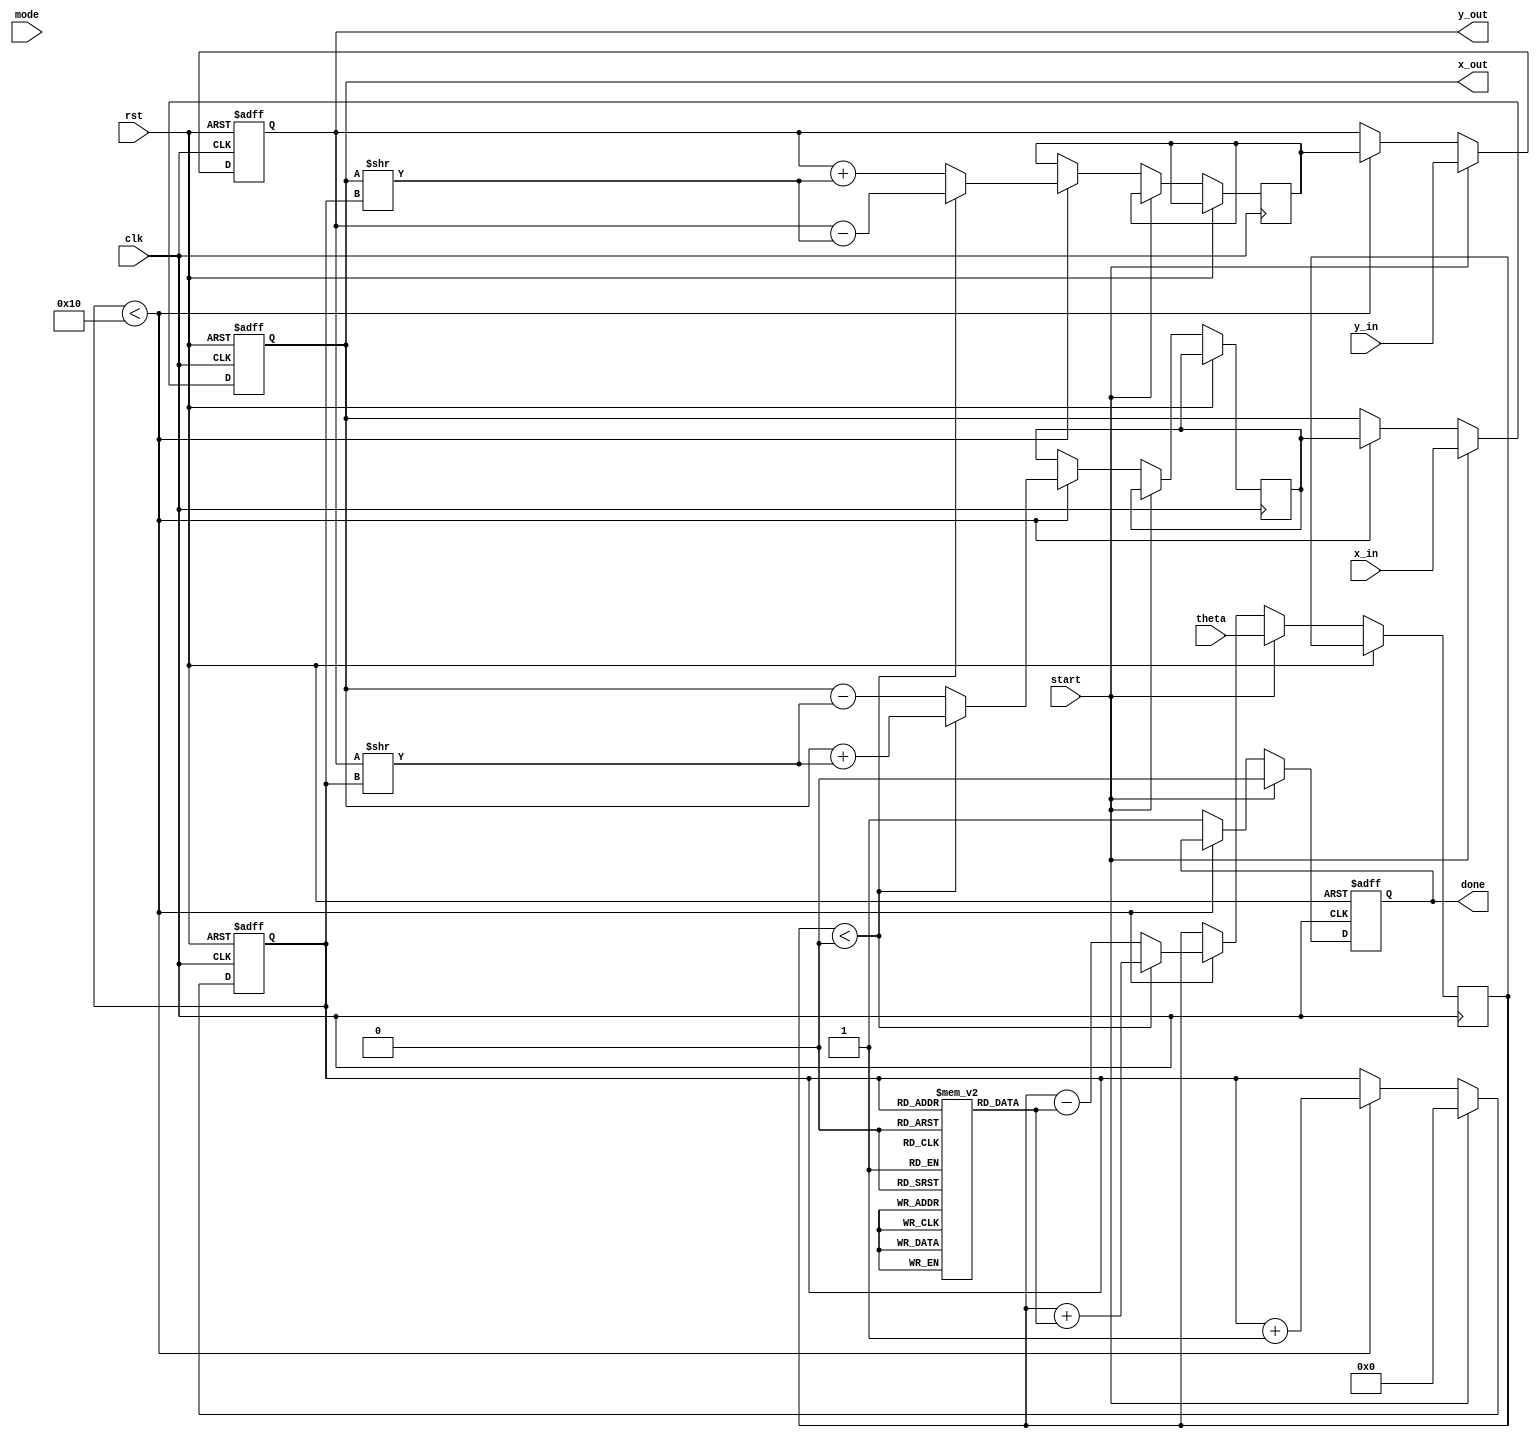
module unified_cordic (
    input wire clk,
    input wire rst,
    input wire start,
    input wire [15:0] x_in,    // Input X vector
    input wire [15:0] y_in,    // Input Y vector
    input wire [15:0] theta,    // Input angle in fixed-point representation
    input wire [1:0] mode,      // Operation mode: 00 - Rotation, 01 - Vectoring, 10 - Multiplication/Division
    output reg [15:0] x_out,    // Output X vector
    output reg [15:0] y_out,    // Output Y vector
    output reg done             // Operation done signal
);

    // CORDIC parameters
    parameter N = 16; // Number of iterations
    reg [15:0] x [0:N-1]; // X values for each iteration
    reg [15:0] y [0:N-1]; // Y values for each iteration
    reg [15:0] z [0:N-1]; // Angle values for each iteration
    reg [N-1:0] direction; // Direction of rotation
    reg [3:0] iter; // Current iteration counter
    reg [15:0] x_temp, y_temp, z_temp; // Temporary variables

    // Pre-computed arctan values (scaled)
    initial begin
        x[0] = 16'h26DD; // 1/sqrt(2)
        y[0] = 16'h0000;
        z[0] = 16'h0000; // arctan(1)
        // Fill in remaining arctan values for iterations
        // ...
    end

    // Control logic
    always @(posedge clk or posedge rst) begin
        if (rst) begin
            iter <= 0;
            done <= 0;
            x_out <= 0;
            y_out <= 0;
        end else if (start) begin
            iter <= 0;
            x_out <= x_in;
            y_out <= y_in;
            z_temp <= theta;
            done <= 0;
        end else if (iter < N) begin
            // Determine direction
            if (z_temp < 0) begin
                direction[iter] <= 1; // Counterclockwise
                z_temp <= z_temp + z[iter];
                x_temp <= x_out + (y_out >> iter);
                y_temp <= y_out - (x_out >> iter);
            end else begin
                direction[iter] <= 0; // Clockwise
                z_temp <= z_temp - z[iter];
                x_temp <= x_out - (y_out >> iter);
                y_temp <= y_out + (x_out >> iter);
            end

            // Update outputs
            x_out <= x_temp;
            y_out <= y_temp;

            // Increment iteration counter
            iter <= iter + 1;
        end else begin
            done <= 1; // Operation complete
        end
    end

endmodule